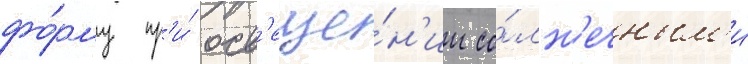
фо́рму пр'и́ осв'еще́н'ии со́лн'ечным'и